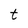
Character: t